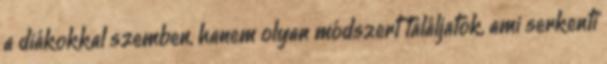
a diákokkal szemben, hanem olyan módszert találjatok, ami serkenti